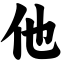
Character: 他